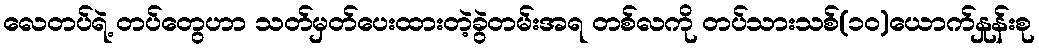
လေတပ်ရဲ့ တပ်တွေဟာ သတ်မှတ်ပေးထားတဲ့ခွဲတမ်းအရ တစ်လကို တပ်သားသစ်(၁၀)ယောက်နှုန်းစု